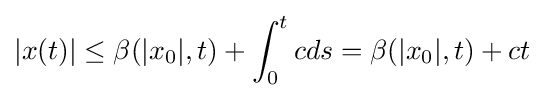
|x(t)|\leq \beta (|x_{0}|,t)+\int _{0}^{t}cds=\beta (|x_{0}|,t)+ct